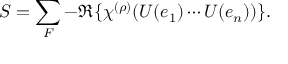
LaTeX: S = \sum _ { F } - \Re \{ \chi ^ { ( \rho ) } ( U ( e _ { 1 } ) \cdots U ( e _ { n } ) ) \} .